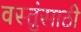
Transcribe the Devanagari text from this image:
वस्तुंसाठी